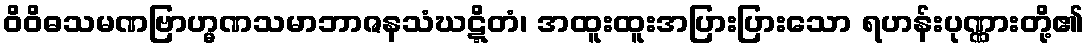
ဝိဝိဓသမဏဗြာဟ္မဏသမာဘာဇနသံဃဋ္ဋိတံ၊ အထူးထူးအပြားပြားသော ရဟန်းပုဏ္ဏားတို့၏